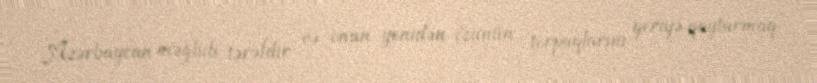
Azərbaycan məğlub tərəfdir və onun yenidən özünün torpaqlarını geriyə qaytarmaq